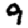
Digit: 9